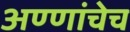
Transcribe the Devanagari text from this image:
अण्णांचेच